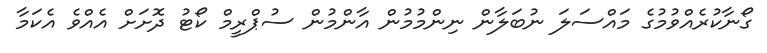
ގޯނާކުރެއްވުމުގެ މައްސަލަ ނުބަލާން ނިންމުމުން އާންމުން ސުޕްރީމް ކޯޓު ދޮށަށް އެއްވެ އެކަމާ